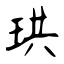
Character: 珙